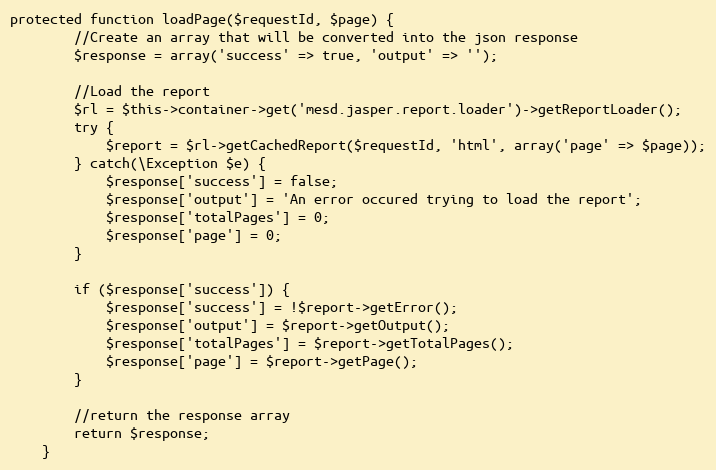
Language: PHP
protected function loadPage($requestId, $page) {
        //Create an array that will be converted into the json response
        $response = array('success' => true, 'output' => '');

        //Load the report
        $rl = $this->container->get('mesd.jasper.report.loader')->getReportLoader();
        try {
            $report = $rl->getCachedReport($requestId, 'html', array('page' => $page));
        } catch(\Exception $e) {
            $response['success'] = false;
            $response['output'] = 'An error occured trying to load the report';
            $response['totalPages'] = 0;
            $response['page'] = 0;
        }

        if ($response['success']) {
            $response['success'] = !$report->getError();
            $response['output'] = $report->getOutput();
            $response['totalPages'] = $report->getTotalPages();
            $response['page'] = $report->getPage();
        }

        //return the response array
        return $response;
    }